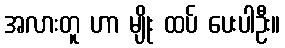
အလားတူ ဟာ မျိုး ထပ် ပေးပါဦး။